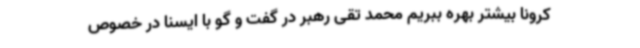
کرونا بیشتر بهره ببریم محمد تقی رهبر در گفت و گو با ایسنا در خصوص